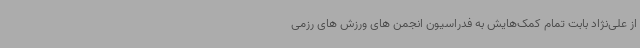
از علی‌نژاد بابت تمام کمک‌هایش به فدراسیون انجمن های ورزش های رزمی